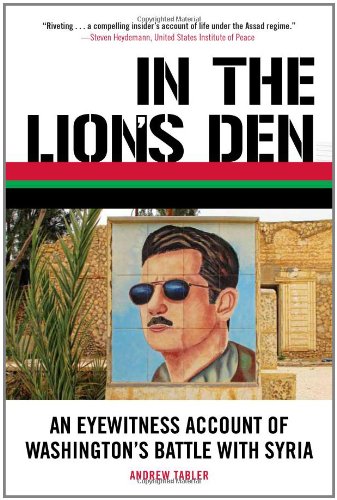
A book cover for In the Lion's Den: An Eyewitness Account of Washington's Battle with Syria; Andrew Tabler; History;